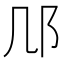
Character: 䢳